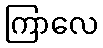
ကြာလေ